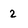
Character: 2